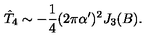
\hat { T } _ { 4 } \sim - \frac { 1 } { 4 } ( 2 \pi \alpha ^ { \prime } ) ^ { 2 } J _ { 3 } ( B ) .